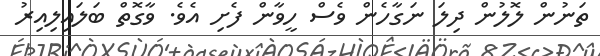
ތަނުން ލޮލުން ދިލަ ނަގާހެން ވެސް ހީވާން ފެށި އެވެ. ވާގޮތް ބަލައިލިއިރު